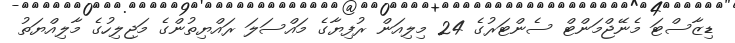
ޑިޒާސްޓަ މެނޭޖްމަންޓް ސެންޓަރުގެ 24 މިލިއަން ރުފިޔާގެ މައްސަލަ ރައްޔިތުންގެ މަޖިލިހުގެ މާލިއްޔަތު